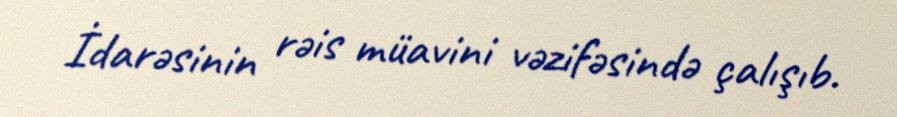
İdarəsinin rəis müavini vəzifəsində çalışıb.